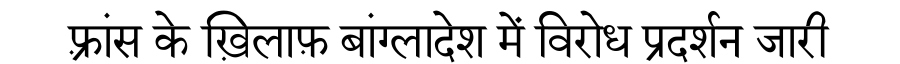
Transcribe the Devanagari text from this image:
फ़्रांस के ख़िलाफ़ बांग्लादेश में विरोध प्रदर्शन जारी